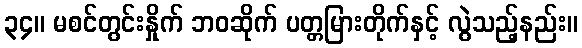
၃၄။ မစင်တွင်းနှိုက် ဘဝဆိုက် ပတ္တမြားတိုက်နှင့် လွဲသည့်နည်း။